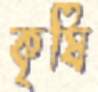
কৃষি